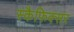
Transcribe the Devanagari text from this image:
स्कैफिक्सर